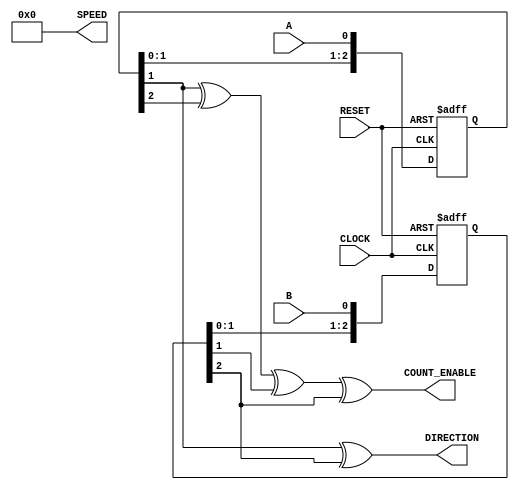
module quadrature_decoder(
    CLOCK, 
    RESET,
    A, 
    B, 
    COUNT_ENABLE,
    DIRECTION, 
    SPEED
);
    input CLOCK, RESET, A, B;
    output COUNT_ENABLE;
    output DIRECTION;
    output [3:0] SPEED;

    reg [2:0] A_delayed;
    reg [2:0] B_delayed;
    
    always @(posedge CLOCK or posedge RESET) begin 
        if (RESET) begin 
            A_delayed <= 0;
        end else begin
            A_delayed <= {A_delayed[1:0], A};
        end
    end
    
    always @(posedge CLOCK or posedge RESET) begin 
        if (RESET) begin 
            B_delayed <= 0;
        end else begin
            B_delayed <= {B_delayed[1:0], B};
        end
    end
    
    assign COUNT_ENABLE = A_delayed[1] ^ A_delayed[2] ^ B_delayed[1] ^ B_delayed[2];
    assign DIRECTION =  A_delayed[1] ^ B_delayed[2];
    assign SPEED = 4'd0;

    /*
    wire count_enable = A_delayed[1] ^ A_delayed[2] ^ B_delayed[1] ^ B_delayed[2];
    wire count_direction = A_delayed[1] ^ B_delayed[2];

    
    reg [31:0] total;
    always @(posedge CLOCK or posedge RESET) begin
        if (RESET) begin 
            total <= 0;
        end 
        else if (count_enable) begin
            // only want a final count between 0 & 27 (x4 for the clicks)
            if (count_direction && total < 109) begin 
                total <= total+1; 
            end
            else if (total > 0) begin 
                total <= total-1;
            end
        end
    end
    
    
    wire [31:0] clicks;
    assign clicks = total >> 2; // divide by 4 as the encoder has 4 edges per "click"
    assign COUNT = clicks[7:0];

    */
endmodule